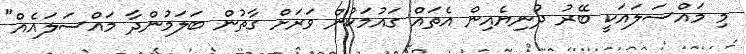
މި މައްސަލައަކީ ބޭރު ދުނިޔެއިން އެތައް ގައުމަކުން ވަރަށް ގާތުން ބަލަމުންދާ މައްސަލައެއް"